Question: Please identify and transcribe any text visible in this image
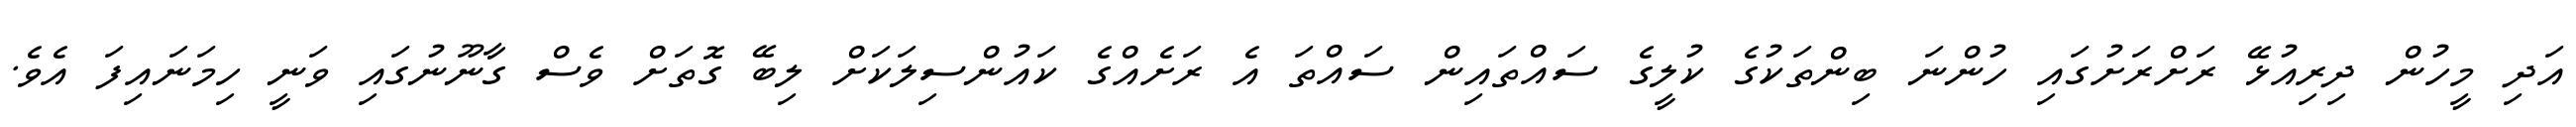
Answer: އަދި މީހުން ދިރިއުޅޭ ރަށްރަށުގައި ހުންނަ ބިންތަކުގެ ކުލީގެ ސައްތައިން ސައްތަ އެ ރަށެއްގެ ކައުންސިލަކަށް ލިބޭ ގޮތަށް ވެސް ގާނޫނުގައި ވަނީ ހިމަނައިފަ އެވެ.